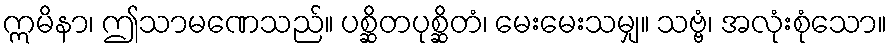
ဣမိနာ၊ ဤသာမဏေသည်။ ပစ္ဆိတပုစ္ဆိတံ၊ မေးမေးသမျှ။ သဗ္ဗံ၊ အလုံးစုံသော။